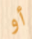
أو